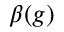
\beta ( g )